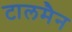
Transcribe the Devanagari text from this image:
टालमैन